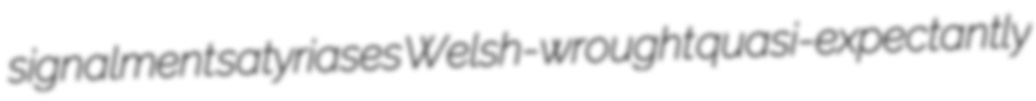
signalment satyriases Welsh-wrought quasi-expectantly